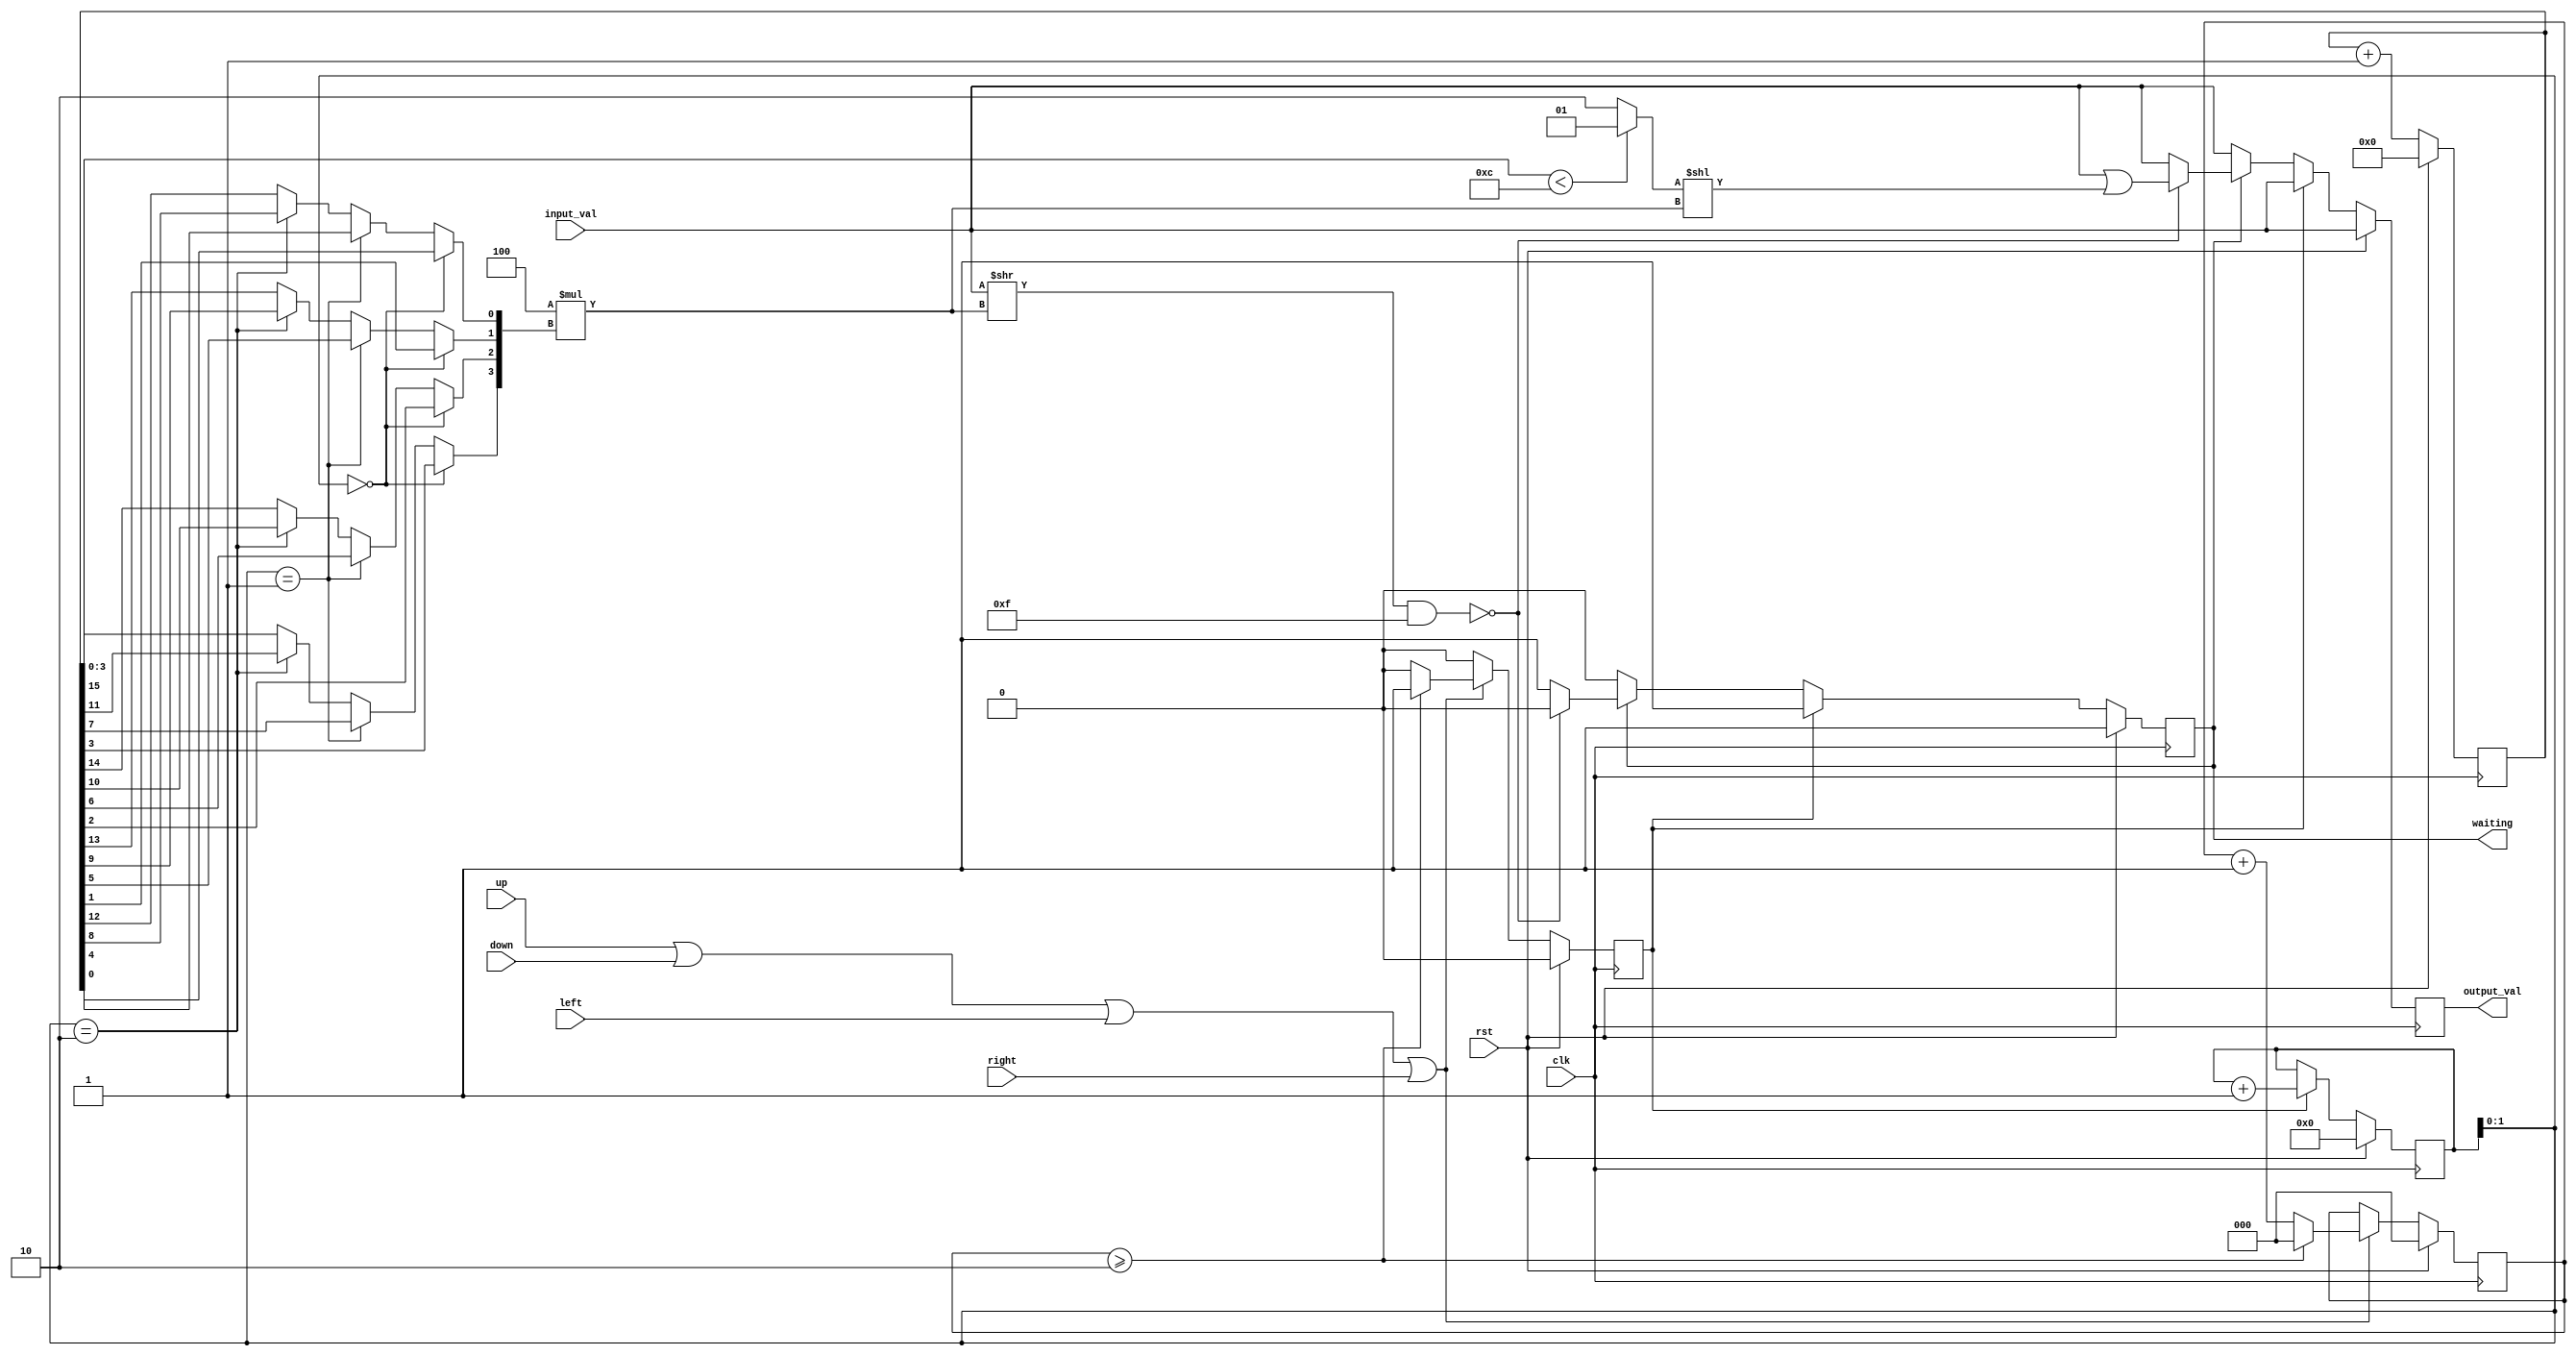
`timescale 1ns / 1ps
//////////////////////////////////////////////////////////////////////////////////
// Company: 
// Engineer: 
// 
// Design Name: 
// Module Name:    random 
// Project Name: 
// Target Devices: 
// Tool versions: 
// Description: Random number generator module
//
// Dependencies: 
//
// Revision: 
// Revision 0.01 - File Created
// Additional Comments: 
//
//////////////////////////////////////////////////////////////////////////////////
module random(
    input clk, //System clock input
    input rst, // Asynchronous reset input
    input wire up,
    input wire down,
    input wire left,
    input wire right,
    //input wire key,
    input [63:0] input_val, // Input value
    output reg [63:0] output_val, // Output value
    output reg waiting // Output indicating waiting state
    );

    reg [2:0] cnt_btn; // Counter for button presses
    parameter max=3'd2; // Maximum allowed button presses
    reg gen; // Flag indicating whether to generate a random number
    reg [7:0] state; // State variable for internal state machine
    reg [15:0] cnt;  // Counter for internal state machine

    wire [3:0] position; // Position calculated based on internal state
    wire [3:0] val; // Value used for deciding when to stop waiting

    // Condition for stopping waiting state based on counter
    assign val=cnt[3:0]<12?4'd1:4'd2;
    
    // Assign positions based on internal state
    assign position[3]=state[1:0]==2'd0 ? cnt[3]:state[1:0]==2'd1 ? cnt[7]:state[1:0]==2'd2 ? cnt[11]:cnt[15];
    assign position[2]=state[1:0]==2'd0 ? cnt[2]:state[1:0]==2'd1 ? cnt[6]:state[1:0]==2'd2 ? cnt[10]:cnt[14];
    assign position[1]=state[1:0]==2'd0 ? cnt[1]:state[1:0]==2'd1 ? cnt[5]:state[1:0]==2'd2 ? cnt[9]:cnt[13];
    assign position[0]=state[1:0]==2'd0 ? cnt[0]:state[1:0]==2'd1 ? cnt[4]:state[1:0]==2'd2 ? cnt[8]:cnt[12];

    always @(posedge clk) begin
        if(rst) begin
            cnt<=16'd0;
            state<=8'd0;
            waiting<=1;
            output_val<=input_val;
        end
        else if(gen) begin
            // Generate random number state
            cnt<=cnt+1;
            state<=state+1;
            waiting<=1;
            output_val<=input_val;
        end
        else begin
            cnt<=cnt+1;
            state<=state;
            if(waiting) begin
                 // Check if conditions are met to stop waiting
                if(((input_val>>(4*position))&4'b1111)==4'd0) begin
                    output_val<=input_val | ({60'd0,val} << (4*position));
                    waiting<=0;
                end
                else begin
                    waiting<=1;
                    output_val<=input_val;
                end
            end
            else begin
                waiting<=0;
                output_val<=input_val;
            end
        end
    end

    always @(posedge clk) begin
        if(rst) begin // Reset button counter and generator flag
            gen<=0;
            cnt_btn<=3'd0;
        end
        //else if (key==4'b0001||key==4'b0010||key==4'b0100||key==4'b1000) begin
        // Check for button presses and limit button presses
        else if (up|down|left|right) begin
            if(cnt_btn>=max) begin
                gen<=1;
                cnt_btn<=3'd0;
            end
            else begin
                cnt_btn<=cnt_btn+3'd1;
                gen<=0;
            end
        end
        else begin
            // No button press
            cnt_btn<=cnt_btn;
            gen<=0;
        end
    end
endmodule